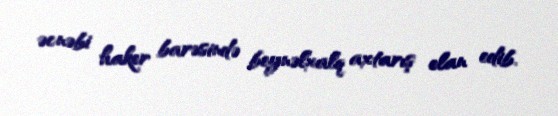
əcnəbi haker barəsində beynəlxalq axtarış elan edib.